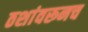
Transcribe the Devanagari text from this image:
ठशांवरूनच